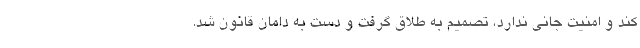
کند و امنیت جانی ندارد، تصمیم به طلاق گرفت و دست به دامان قانون شد.